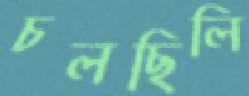
চলছিলি